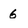
Character: 6